Annual report on the health of the army in India
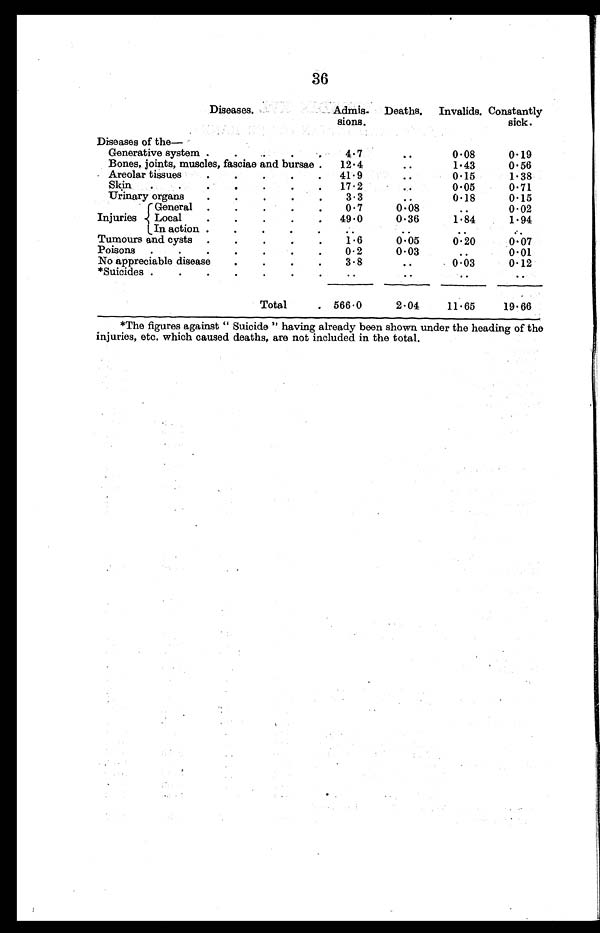
36
Diseases.
. Admis.
sions.
Deaths.
Invalids. Constantly
sick.
Diseases of the- -
Generative system .
.
..
.
4.7
• .
0.08
0.19
Bones, joints, muscles, fasciae and bursae .
12 . 4
..
1.43
0.56
Areolar tissues
.
.
.
.
.
41 . 9
..
0.15
1.38
Skin
.
.
.
.
.
.
.
17.2
0.05
0.71
Urinary organs
.
.
.
.
.
3.3
..
0.18
0.15
General
0.7
0.08
..
0.02
Injuries
Local
.
.
.
.
.
49 . 0
0.36
1.84
1.94
In action .
.
.
.
.
.
..
..
.,..
Tumours and cysts .
.
.
.
.
1.6
0.05
0.20
0.07
Poisons
.
.
.
.
.
.
.
0.2
0.03
..
0.01
No appreciable disease
.
.
.
.
3.8
..
0 . 03
0.12
*Suicides .
.
.
.
.
.
.
.
..
..
Total
. 566 . 0
2.04
11 • 65
19.66
*The figures against " Suicide " having already been shown under the heading of the
injuries, etc. which caused deaths, are not included in the total.